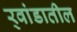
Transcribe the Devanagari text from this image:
र्‍वांडातील